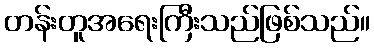
တန်းတူအရေးကြီးသည်ဖြစ်သည်။